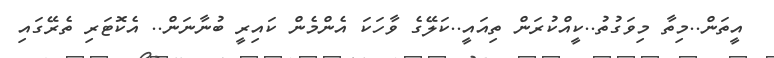
އީތަން..މިތާ މިވަގުތު..ކީއްކުރަން ތިއައީ..ކަލޭގެ ވާހަކަ އެންމެން ކައިރީ ބުނާނަން.. އެކޮޓަރި ތެރޭގައި